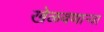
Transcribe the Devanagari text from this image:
खेळवणाऱ्या